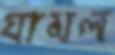
যামল